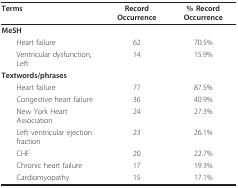
| Terms | Record Occurrence | % Record Occurrence |
 | --- | --- | --- |
 | MeSH |  |  |
 | Heart failure | 62 | 70.5% |
 | Ventricular dysfunction, Left | 14 | 15.9% |
 | Textwords/phrases |  |  |
 | Heart failure | 77 | 87.5% |
 | Congestive heart failure | 36 | 40.9% |
 | New York Heart Association | 24 | 27.3% |
 | Left ventricular ejection fraction | 23 | 26.1% |
 | CHF | 20 | 22.7% |
 | Chronic heart failure | 17 | 19.3% |
 | Cardiomyopathy | 15 | 17.1% |